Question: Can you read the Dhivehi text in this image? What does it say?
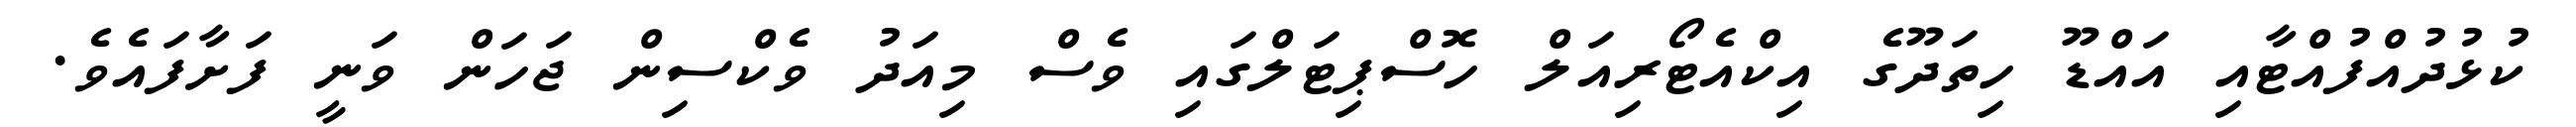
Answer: ކުޅުދުއްފުއްޓާއި އައްޑޫ ހިތަދޫގެ އިކްއެޓޯރިއަލް ހޮސްޕިޓަލްގައި ވެސް މިއަދު ވެކްސިން ޖަހަން ވަނީ ފަށާފައެވެ.